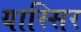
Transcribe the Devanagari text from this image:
यास्सिर